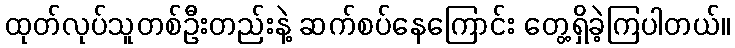
ထုတ်လုပ်သူတစ်ဦးတည်းနဲ့ ဆက်စပ်နေကြောင်း တွေ့ရှိခဲ့ကြပါတယ်။